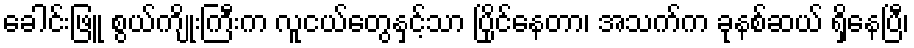
ခေါင်းဖြူ စွယ်ကျိုးကြီးက လူငယ်တွေနှင့်သာ ပြိုင်နေတာ၊ အသက်က ခုနစ်ဆယ် ရှိနေပြီ၊